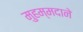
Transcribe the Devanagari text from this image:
मुहम्मदाने